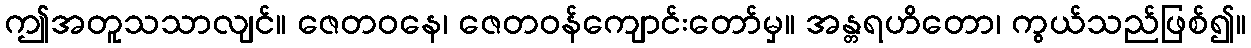
ဤအတူသသာလျင်။ ဇေတဝနေ၊ ဇေတဝန်ကျောင်းတော်မှ။ အန္တရဟိတော၊ ကွယ်သည်ဖြစ်၍။